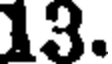
13.